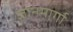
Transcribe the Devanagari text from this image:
ज्ञानमार्गा